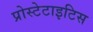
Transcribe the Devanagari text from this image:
प्रोस्टेटाइटिस